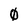
Character: 0